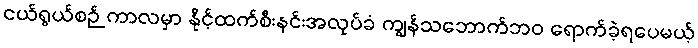
ငယ်ရွယ်စဉ် ကာလမှာ နိုင့်ထက်စီးနင်းအလုပ်ခံ ကျွန်သဘောက်ဘဝ ရောက်ခဲ့ရပေမယ့်